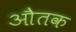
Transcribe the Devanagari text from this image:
औतक